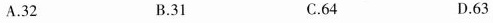
A.32 B.31 C.64 D.63